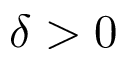
\delta > 0